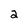
Character: 2